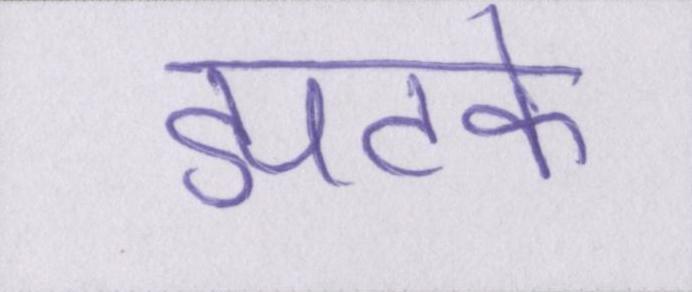
झटके